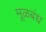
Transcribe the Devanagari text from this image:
मूळबंध